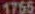
1755